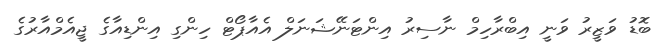
ބޮޑު ވަޒީރު ވަނީ އިބްރާހިމް ނާސިރު އިންޓަނޭޝަނަލް އެއާޕޯޓް ހިންގި އިންޑިއާގެ ޖީއެމްއާރުގެ